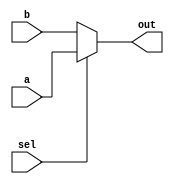
module two_one_mux(
    input a,
    input b,
    input sel,
    output out
    );
    
    assign out = sel? a:b;
endmodule